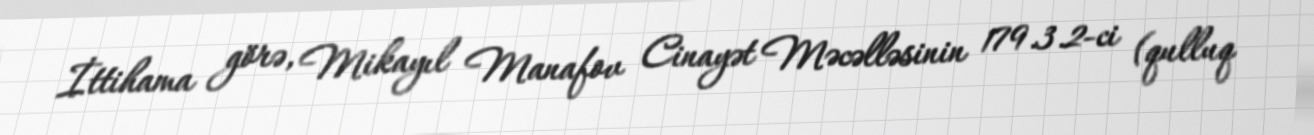
İttihama görə, Mikayıl Manafov Cinayət Məcəlləsinin 179.3.2-ci (qulluq